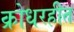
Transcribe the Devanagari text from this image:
क्रोधरहीत